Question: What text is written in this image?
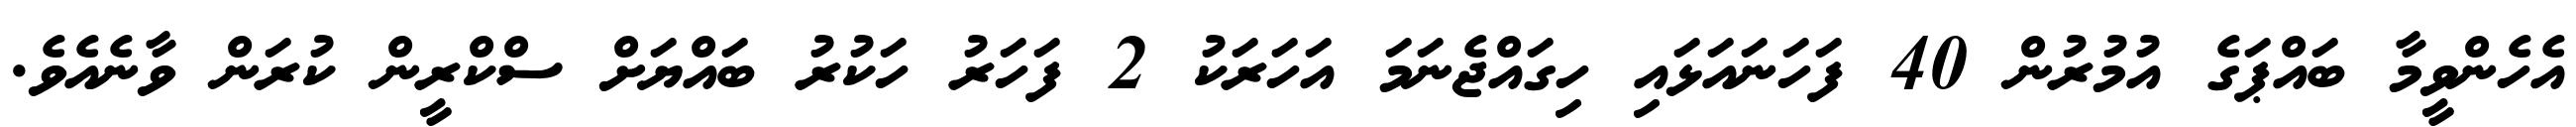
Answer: އެހެންވީމާ ބައްޕަގެ އުމުރުން 40 ފަހަނައަޅައި ހިގައްޖެނަމަ އަހަރަކު 2 ފަހަރު ހަކުރު ބައްޔަށް ސްކްރީން ކުރަން ވާނެއެވެ.